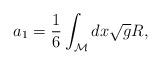
LaTeX: \begin{align*}a_1 = \frac{1}{6} \int_{\cal M} dx \sqrt{g} R,\end{align*}